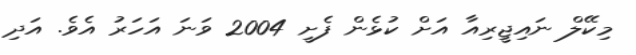
މިކޭލް ނައިޖީރިއާ އަށް ކުޅެން ފެށީ 2004 ވަނަ އަހަރު އެވެ. އަދި